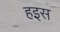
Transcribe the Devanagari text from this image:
हइस